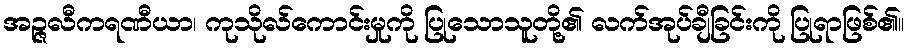
အဉ္ဇလီကရဏီယာ၊ ကုသိုလ်ကောင်းမှုကို ပြုသောသူတို့၏ လက်အုပ်ချီခြင်းကို ပြုရာဖြစ်၏။